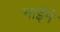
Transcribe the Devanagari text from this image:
नाईमे